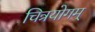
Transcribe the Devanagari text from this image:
चित्रयोगम्